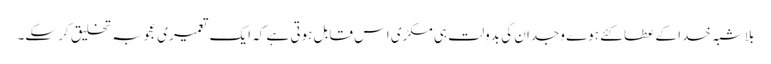
بلاشبہ خدا کے عطا کئے ہوے وجدان کی بدولت ہی مکڑی اس قابل ہوتی ہے کہ ایک تعمیری عجوبہ تخلیق کر سکے۔